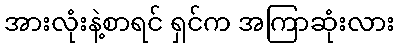
အားလုံးနဲ့စာရင် ရှင်က အကြာဆုံးလား